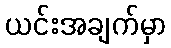
ယင်းအချက်မှာ